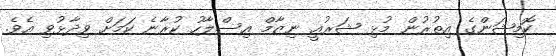
ކޮމިޝަންގެ އިތުރުން މުޅި ޝަރުއީ ނިޒާމް އިސްލާހު ކުރާނެ ކަމަށް ވިދާޅުވި އެވެ.